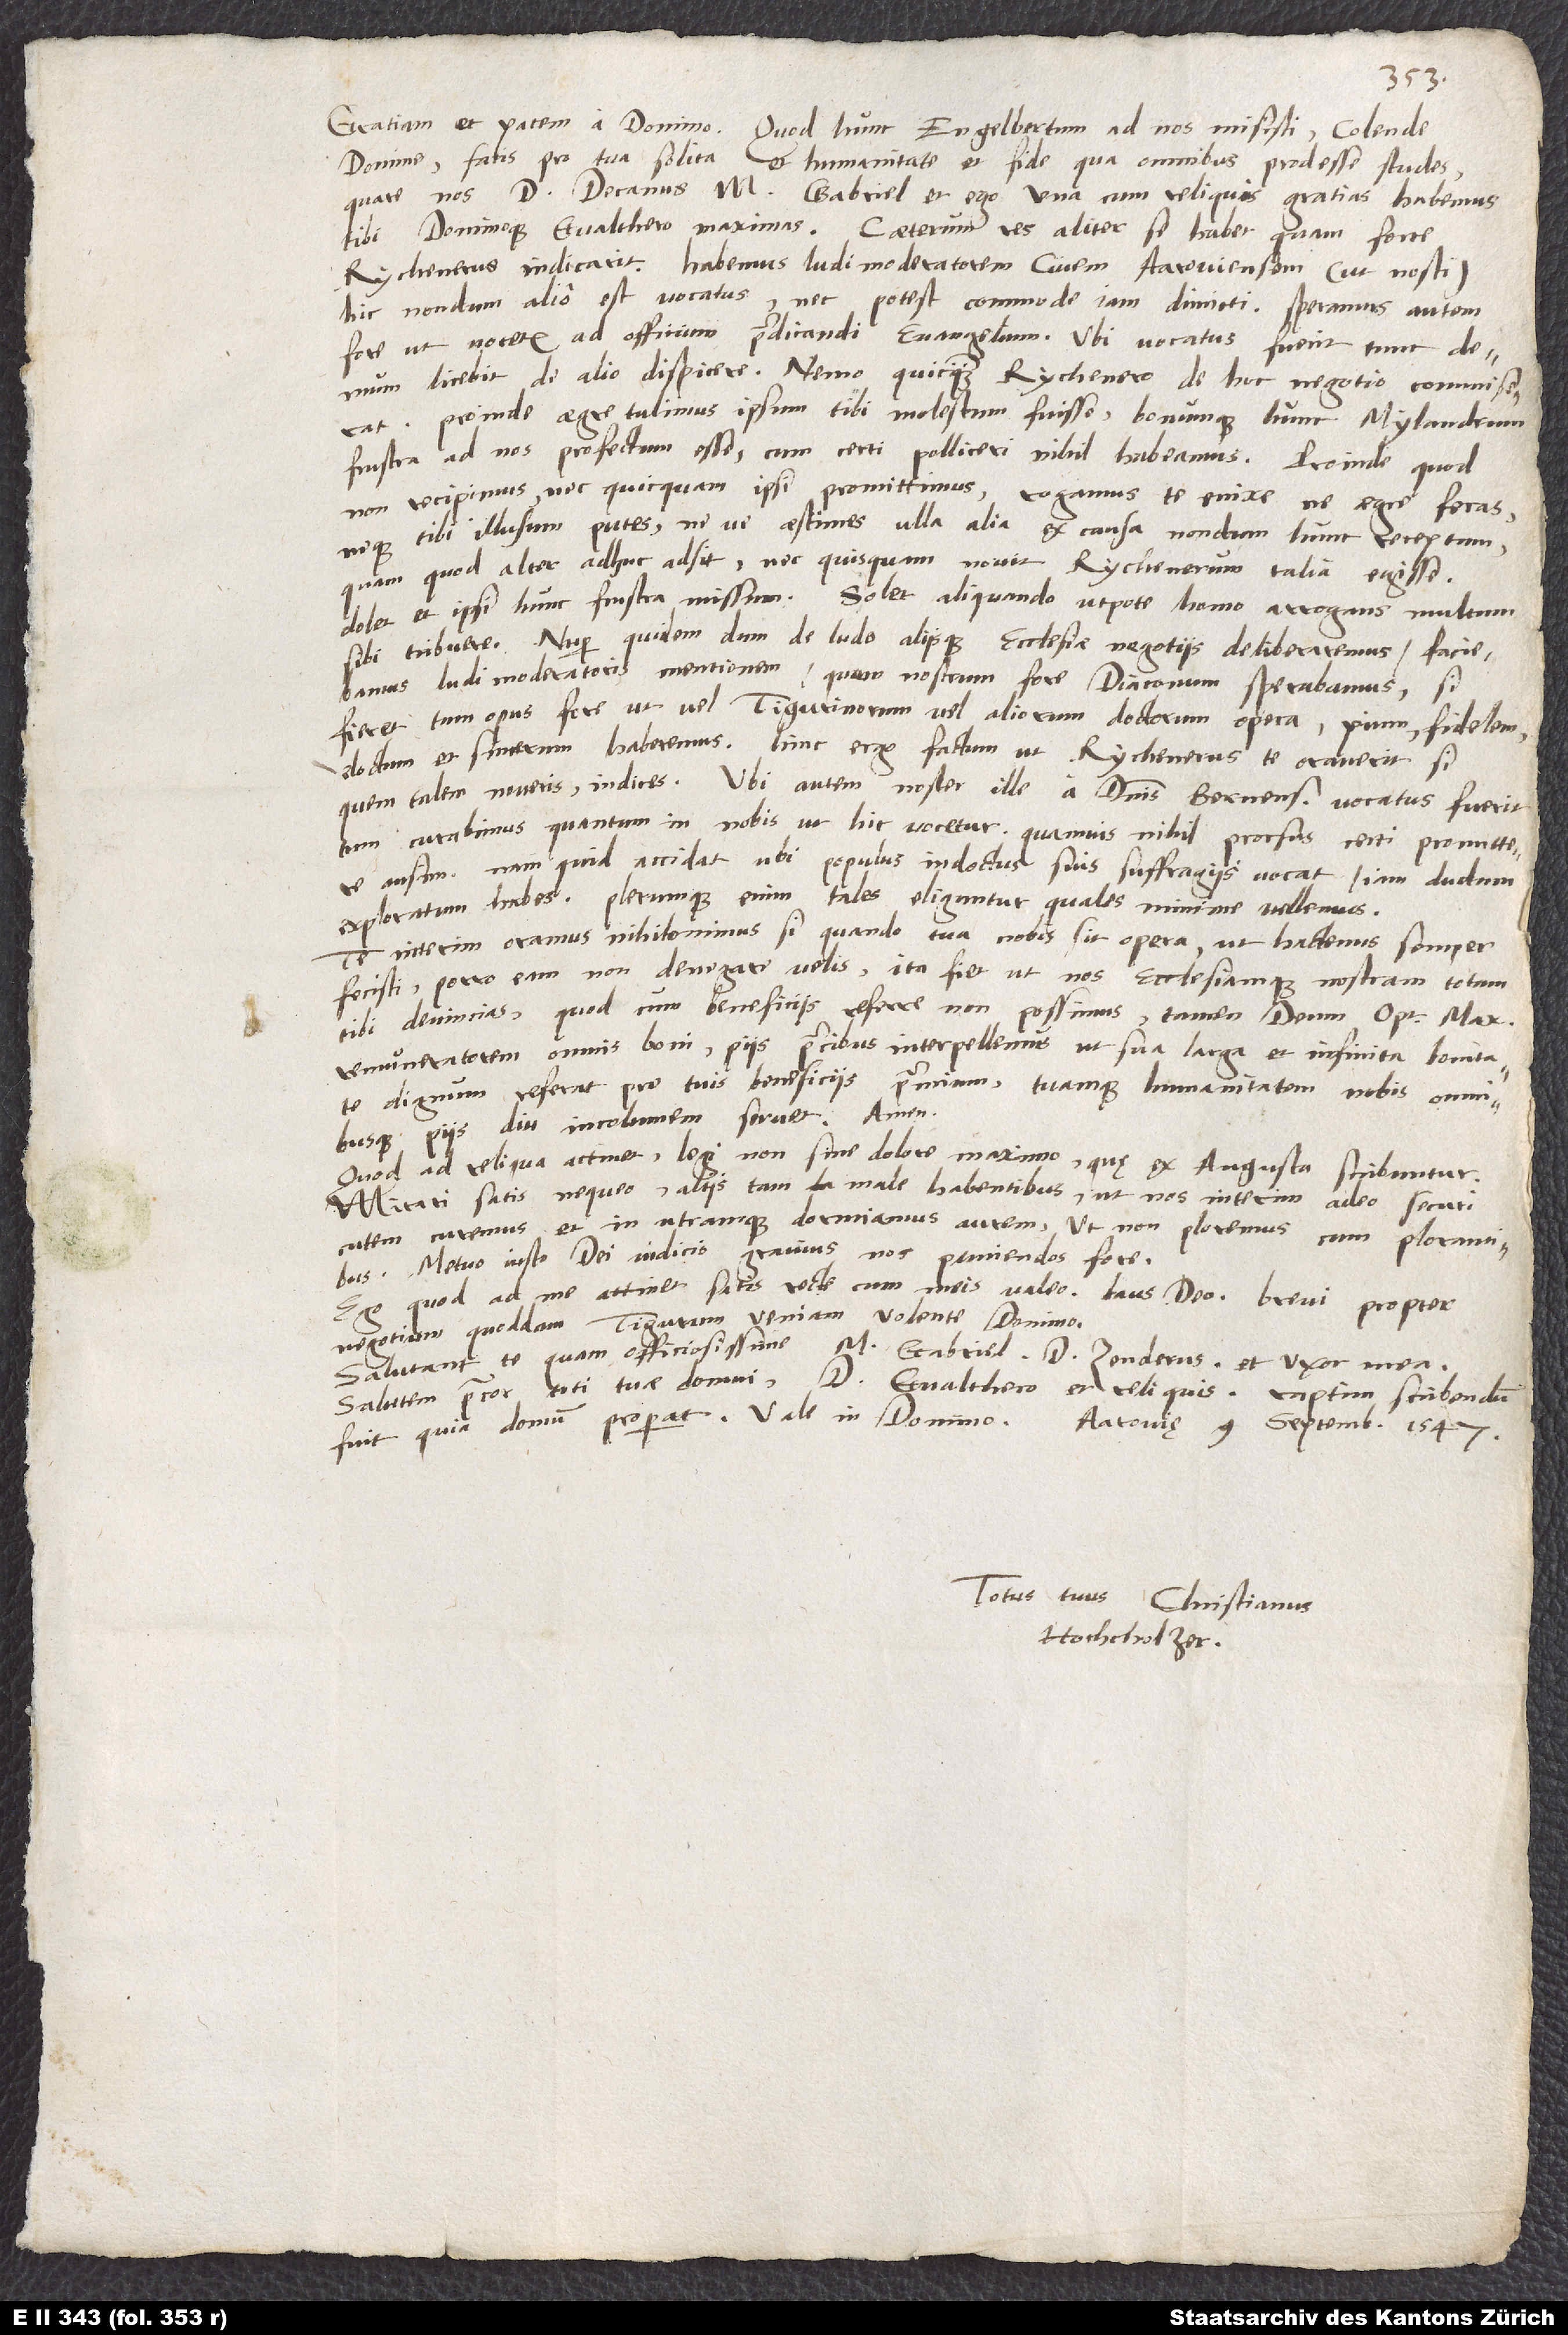
Gratiam et pacem a domino. Quod hunc Engelbertum ad nos misisti, colende
domine, facis pro tua solita et humanitate et fide, qua omnibus prodesse studes!
Quare nos, d. decanus, m. Gabriel et ego una cum reliquis gratias habemus
tibi dominoque Gvalthero maximas. Caeterum res aliter se habet, quam forte
Rychenerus indicarit: Habemus ludimoderatorem, civem Aaroviensem (ut nosti).
Hic nondum alio est vocatus nec potest commode iam dimitti. Speramus autem
fore, ut vocetur ad officium praedicandi evangelium. Ubi vocatus fuerit, tunc
licebit de alio dispicere. Nemo quicquam Rychenero de hoc negotio commiserat.
Proinde aegre tulimus ipsum tibi molestum fuisse bonumque hunc Mylandrum
frustra ad nos profectum esse, cum certi polliceri nihil habeamus. Proinde, quod
non recipimus nec quicquam ipsi promittimus, rogamus te enixe, ne aegre feras
neque tibi illusum putes neve aestimes ulla alia ex causa nondum hunc receptum,
quam quod alter adhuc adsit, nec quisquam novit Rychenerum talia egisse.
Dolet et ipsi hunc frustra missum. Solet aliquando utpote homo arrogans multum
sibi tribuere. Nuper quidem, dum de ludo aliisque ecclesiae negotiis deliberaremus, faciebamus
ludimoderatoris mentionem, quum nostrum fore diaconum sperabamus. Si
fieret, tum opus fore, ut (vel Tigurinorum vel aliorum doctorum opera) pium, fidelem,
doctum et sincerum haberemus. Hinc ergo factum, ut Rychenerus te oraverit, si
quem talem noveris, indices. Ubi autem noster ille a dominis Bernensibus vocatus fuerit,
tum curabimus, quantum in nobis, ut hic vocetur, quamvis nihil prorsus certi promittere
ausim. Nam quid accidat, ubi populus indoctus suis suffragiis vocat, iam dudum
exploratum habes; plerumque enim tales eliguntur, quales minime vellemus.
Te interim oramus nihilominus, si quando tua opus nobis sit opera, ut hactenus semper
fecisti, porro eam non denegare velis. Ita fiet, ut nos ecclesiamque nostram totam
tibi devincias, quod, cum beneficiis referre non possimus, tamen deum optimum maximum,
remuneratorem omnis boni, piis precibus interpellemus, ut sua larga et infinita bonitate
dignum referat pro tuis beneficiis praemium tuamque humanitatem nobis omnibusque
piis diu incolumem servet. Amen.
Quod ad reliqua attinet, legi non sine dolore maximo, quę ex Augusta scribuntur.
Mirari satis nequeo aliis tam male habentibus, ut nos interim adeo securi
cutem curemus et in utramque dormiamus aurem, ut non ploremus cum plorantibus.
Metuo iusto dei iudicio gravius nos puniendos fore.
Ego, quod ad me attinet, satis recte cum meis valeo, laus deo. Brevi propter
negotium quoddam Tigurum veniam volente domino.
Salutant te quam officiosissime m. Gabriel, d. Zenderus et uxor mea.
Salutem precor toti tuae domui, d. Gvalthero et reliquis. Raptim scribendum
fuit, quia domum properat. Vale in domino.
Aarovię, 9. septembris 1547.
Totus tuus Christianus
Hochholzer.